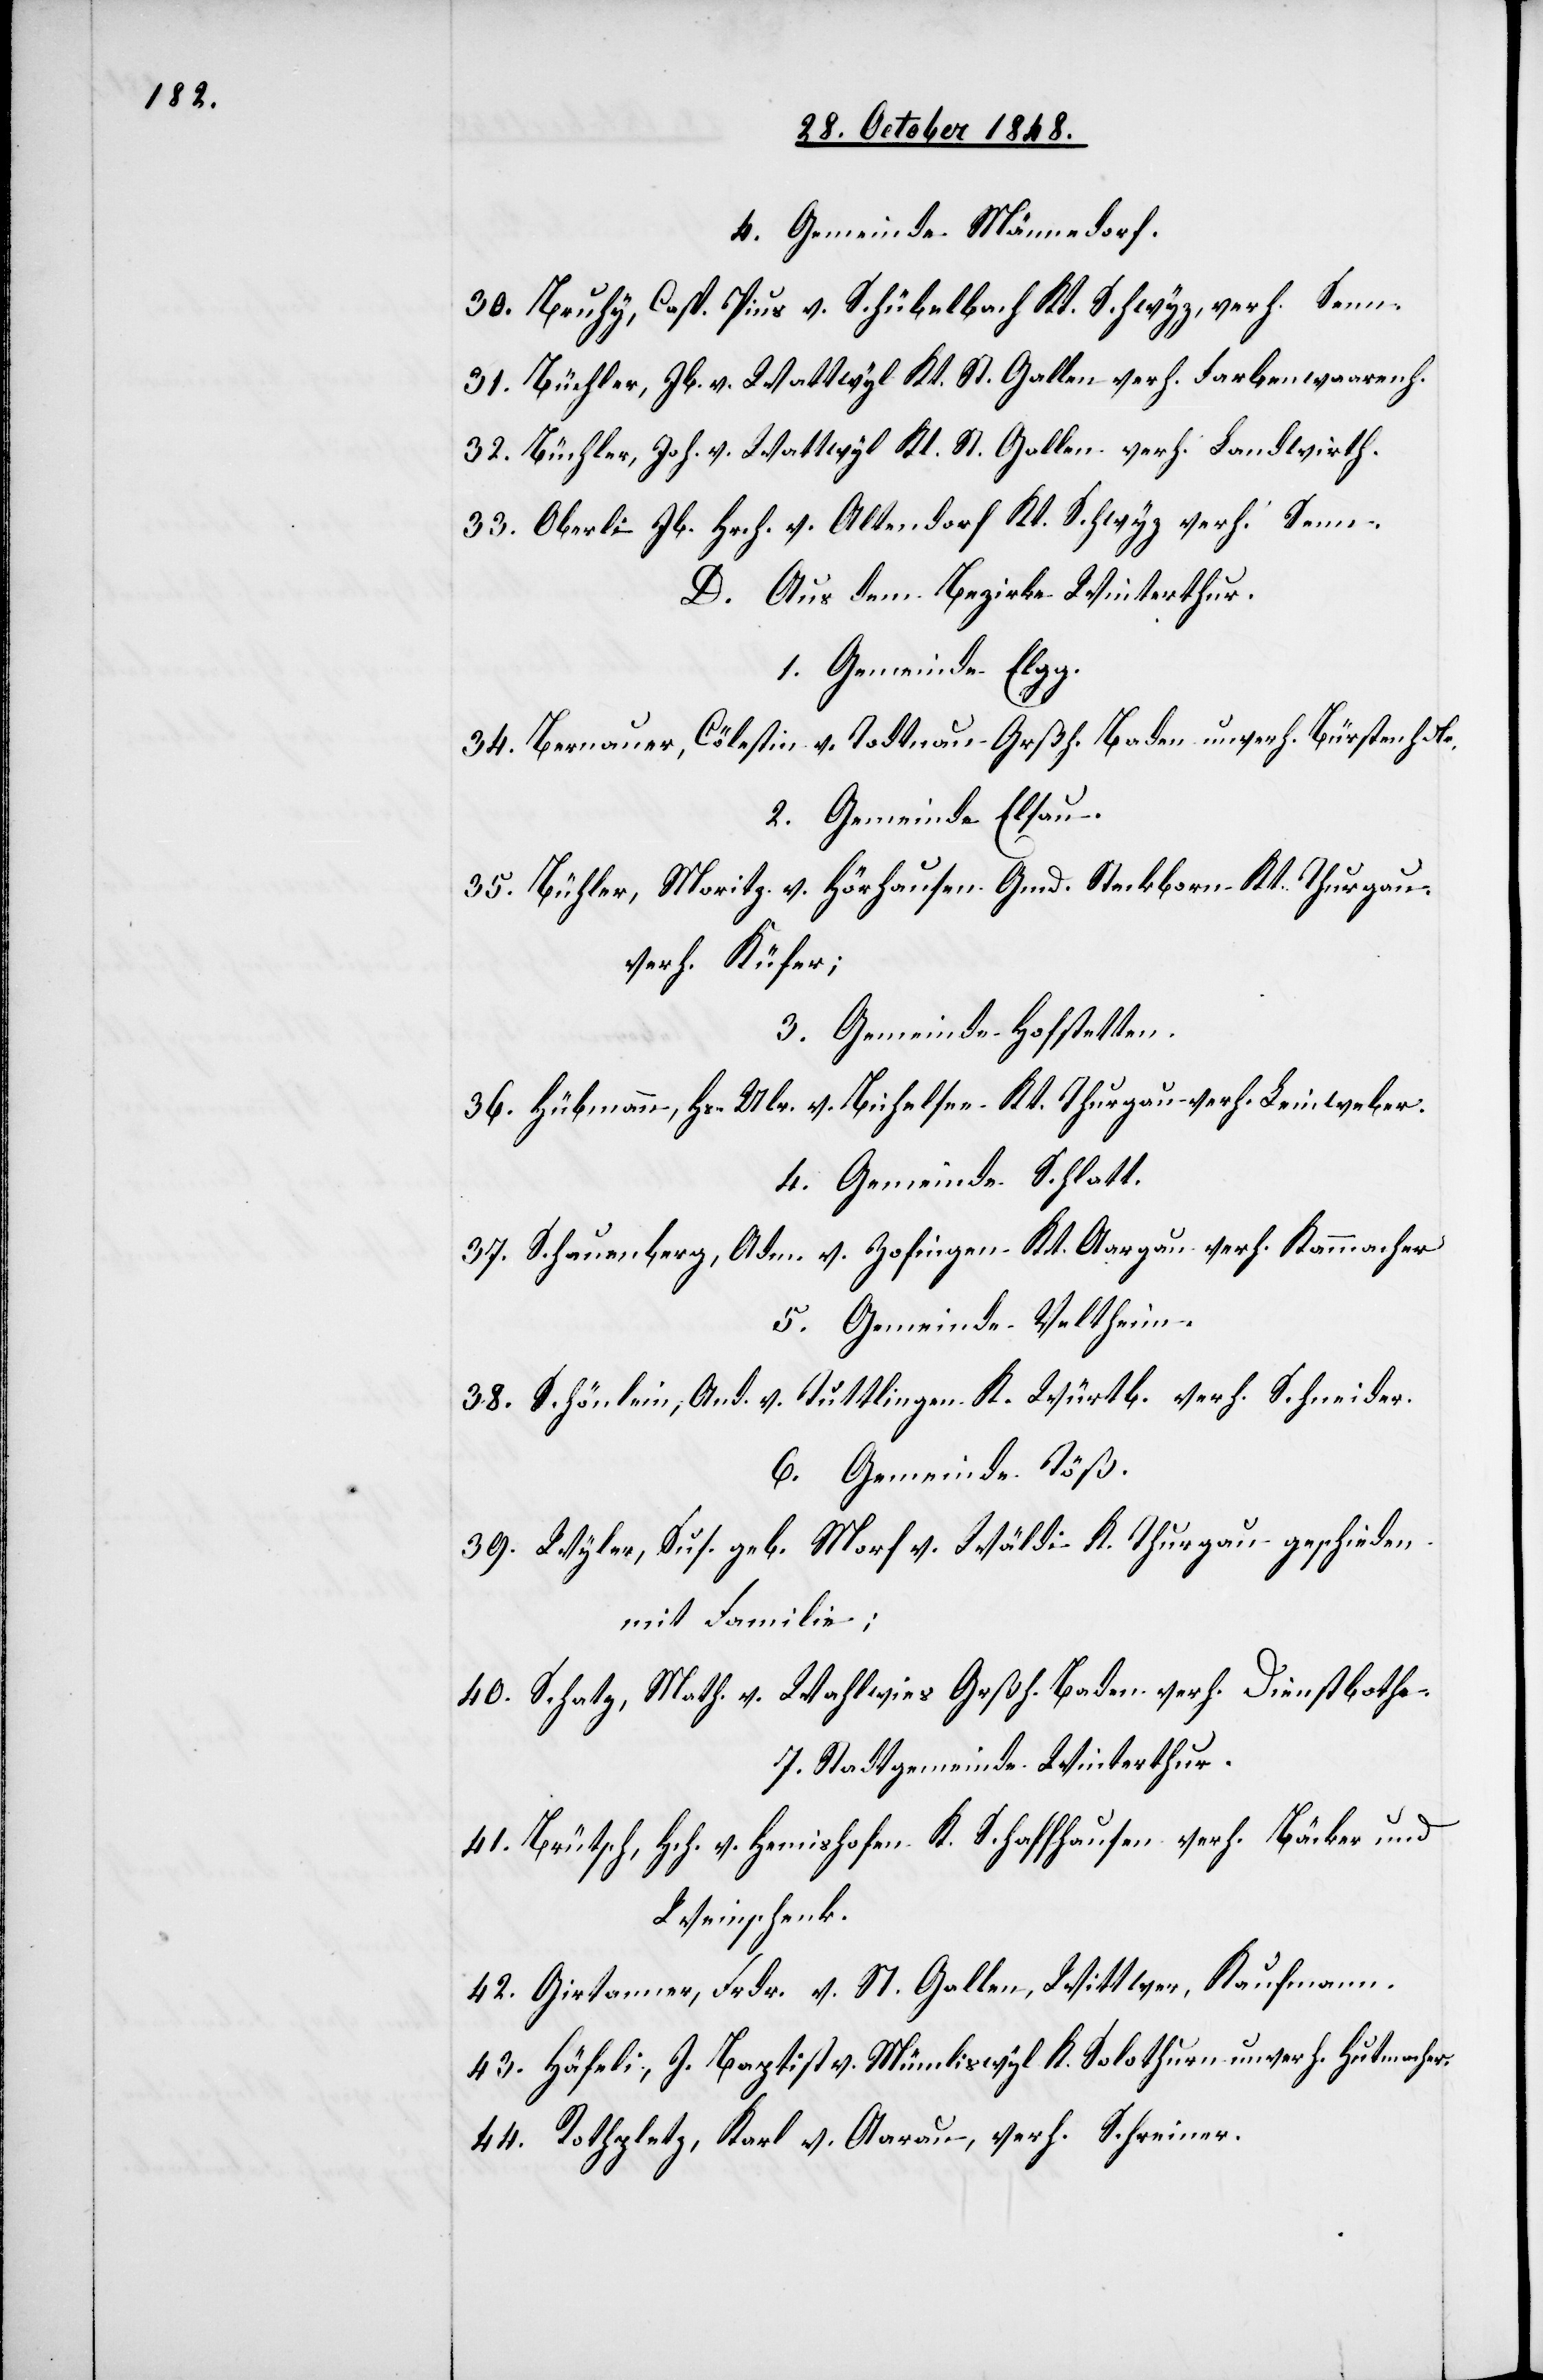
r].

4. Gemeinde Männedorf.
30. Bruhy, Casp. Pius v. Schübelbach Kt. Schwyz, verh. Senn.
31. Büchler, Jb. v. Wattwyl Kt. St. Gallen verh. Farbenwaarenh.
32. Büchler, Joh. v. Wattwyl Kt. St. Gallen verh. Landwirth.
33. Oberli Jb. Hrch. v. Altendorf Kt. Schwyz verh. Senn.
D. Aus dem Bezirke Winterthur.
1. Gemeinde Elgg.
34. Bernauer, Cölestin v. Todtnau Grßh. Baden unverh. Bürstenm[ache¬
2. Gemeinde Elsau.
35. Bühler, Moritz v. Hörhausen Gmd. Steckborn Kt. Thurgau,
verh. Küfer;
3. Gemeinde Hofstetten.
36. Hübmann, Hs. Ulr. v. Bichelsee Kt. Thurgau verh. Leinweber.
4. Gemeinde Schlatt.
37. Schauenberg, Adm. v. Zofingen Kt. Aargau verh. Kammacher.
5. Gemeinde Veltheim.
38. Schönlein, And. v. Tuttlingen K. Würtb. verh. Schneider.
6. Gemeinde Töß.
39. Wyler, Sus. geb. Morf v. Wädli K. Thurgau geschieden
mit Familie;
40. Schatz, Math. v. Wahlwies Grßh. Baden verh. Dienstbothe.
7. Stadtgemeinde Winterthur.
41. Brütsch, Hch. v. Hemishofen K. Schaffhausen verh. Bäcker und
Weinschenk.
42. Girtanner, Frdr. v. St. Gallen, Wittwer, Kaufmann.
43. Häfeli, J. Baptist v. Mümliswyl K. Solothurn unverh. Hutmacher.
44. Rothpeltz, Karl v. Aarau, verh. Schreiner.